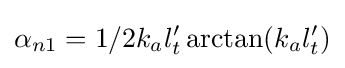
\alpha _{n1}=1/2k_{a}l_{t}'\arctan(k_{a}l_{t}')